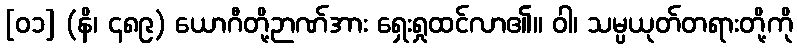
[၀၁] (နိ၊ ၄၈၉) ယောဂီတို့ဉာဏ်အား ရှေးရှုထင်လာ၏။ ဝါ၊ သမ္ပယုတ်တရားတို့ကို